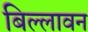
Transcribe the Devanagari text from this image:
बिल्लावन